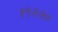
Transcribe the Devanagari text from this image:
१९२२०